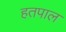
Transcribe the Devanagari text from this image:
हतपाल